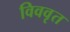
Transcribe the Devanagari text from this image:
विववृत